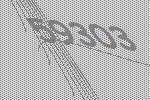
59303